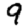
Digit: 9